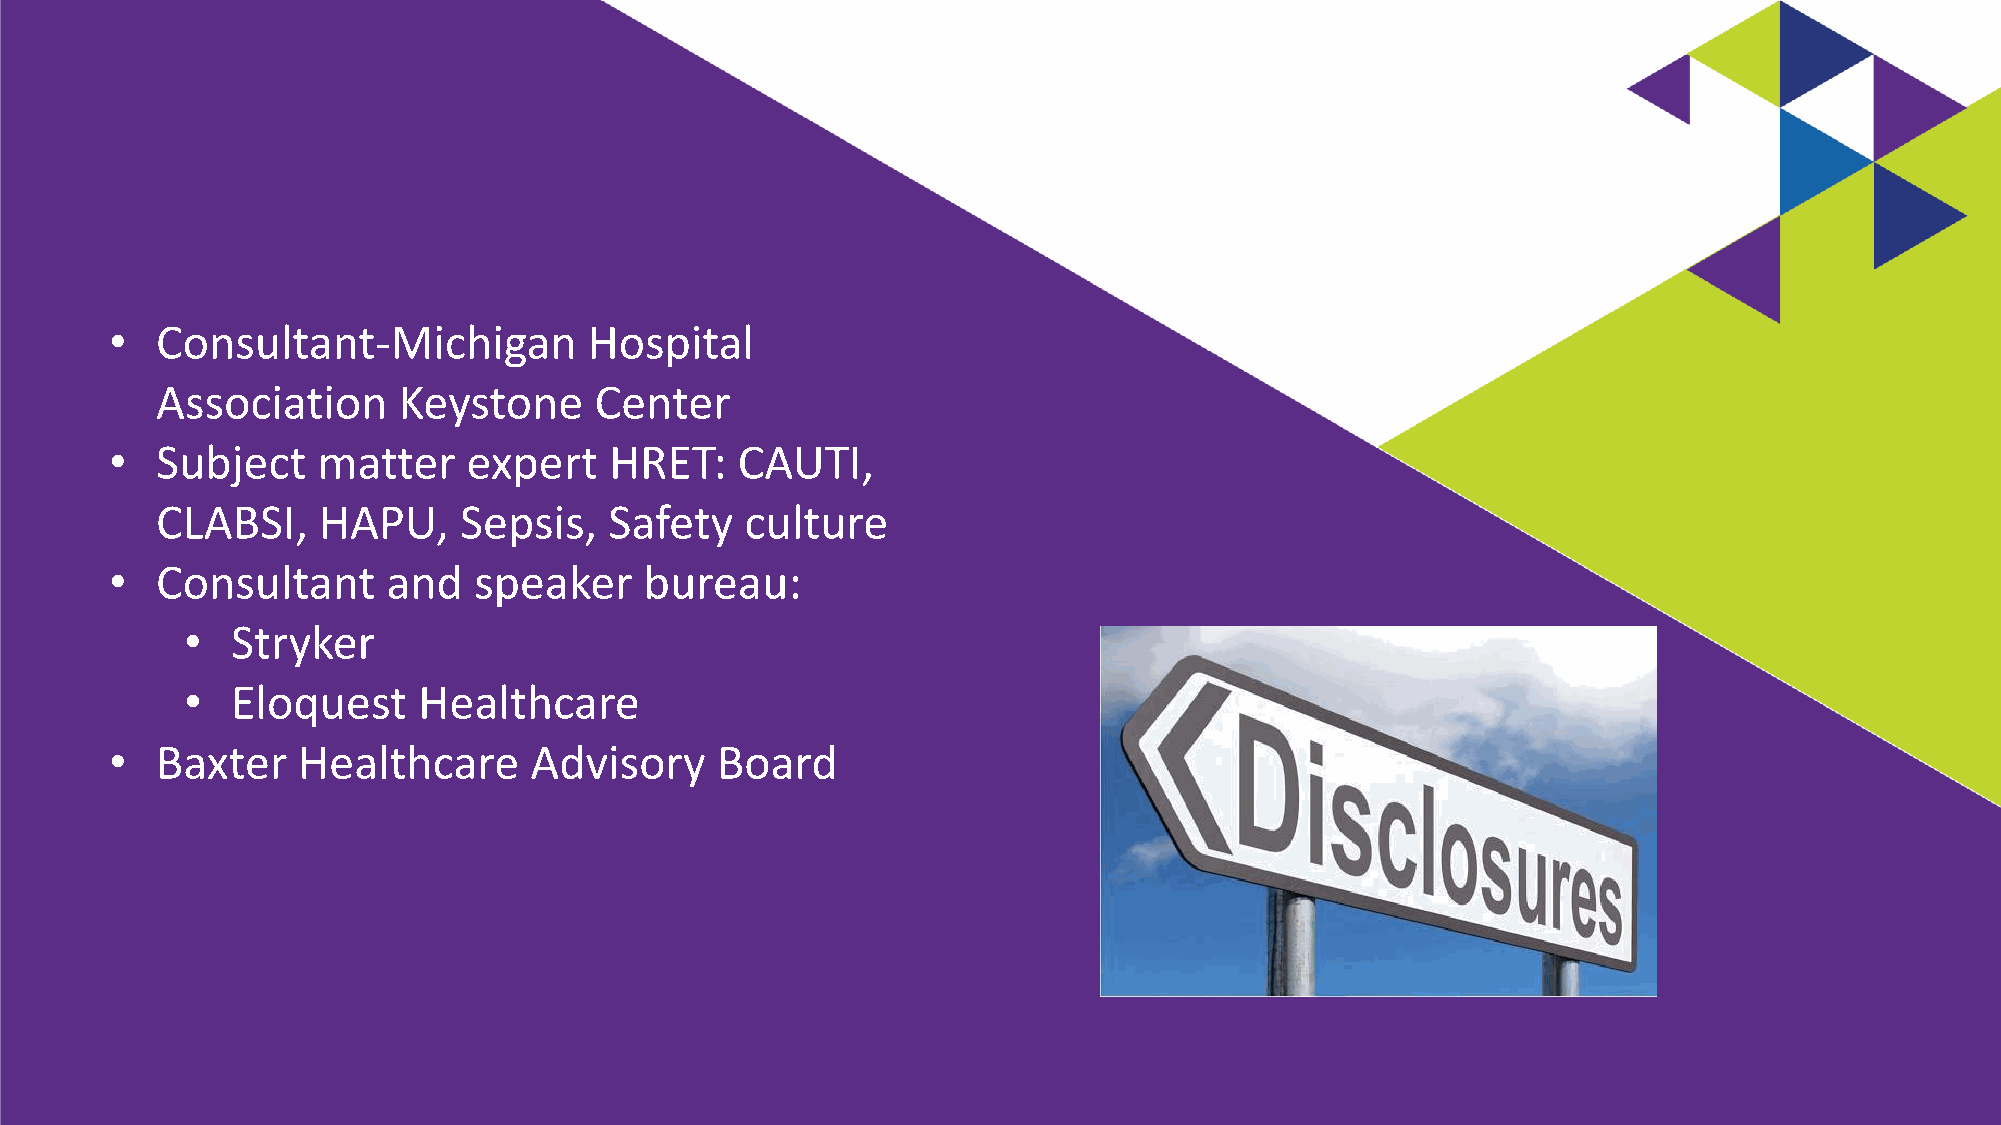
•  Consultant-Michigan          Hospital
 Association     Keystone     Center
 •  Subject    matter    expert   HRET:    CAUTI,
 CLABSI,    HAPU,    Sepsis,   Safety   culture
 •  Consultant      and  speaker     bureau:
 •  Stryker
 •  Eloquest     Healthcare
 •  Baxter    Healthcare     Advisory    Board